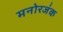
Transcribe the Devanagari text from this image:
मनोरजंक